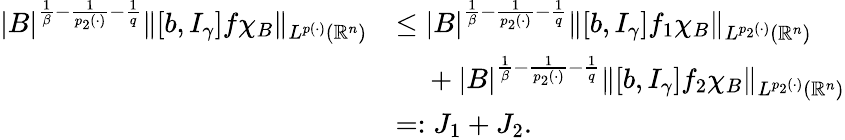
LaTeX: \begin{array}{rl}{|B|^{\frac{1}{\beta}-\frac{1}{p_{2}(\cdot)}-\frac{1}{q}}\| [b,I_{\gamma}]f\chi_{B}\| _{L^{p(\cdot)}(\mathbb{R}^{n})}}&{\leq|B|^{\frac{1}{\beta}-\frac{1}{p_{2}(\cdot)}-\frac{1}{q}}\| [b,I_{\gamma}]f_{1}\chi_{B}\| _{L^{p_{2}(\cdot)}(\mathbb{R}^{n})}}\\ &{~~~~+|B|^{\frac{1}{\beta}-\frac{1}{p_{2}(\cdot)}-\frac{1}{q}}\| [b,I_{\gamma}]f_{2}\chi_{B}\| _{L^{p_{2}(\cdot)}(\mathbb{R}^{n})}}\\ &{=:J_{1}+J_{2}.}\end{array}